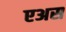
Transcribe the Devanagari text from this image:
एअस